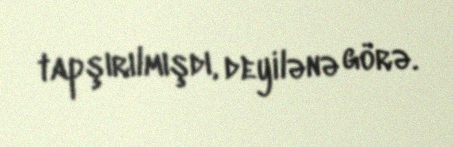
tapşırılmışdı, deyilənə görə.